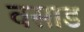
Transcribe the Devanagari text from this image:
वसाड